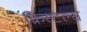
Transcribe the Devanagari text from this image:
क्रिस्टल्स